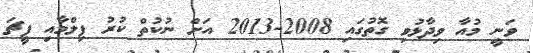
ވަނީ މުއާ ވިދާޅުވި ގޮތުގައި 2008-2013 އަށް ނުކުތް ކުރު ފިލްމާއި ފީޗަ